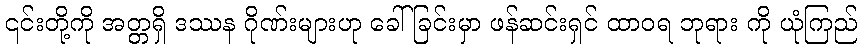
၎င်းတို့ကို အတ္တရှိ ဒဿန ဂိုဏ်းများဟု ခေါ်ခြင်းမှာ ဖန်ဆင်းရှင် ထာဝရ ဘုရား ကို ယုံကြည်